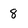
Character: 8